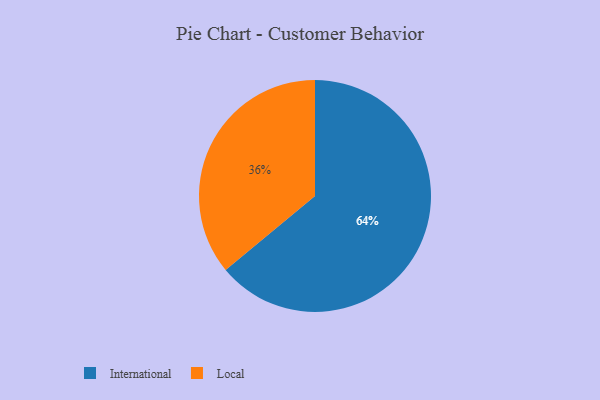
{"axis": {"x": "Category", "y": "Percentage"}, "legend": ["International", "Local"], "data": [{"x": "Local", "y": 36, "type": "Local"}, {"x": "International", "y": 64, "type": "International"}]}